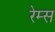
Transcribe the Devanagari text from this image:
रेम्स